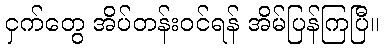
ငှက်တွေ အိပ်တန်းဝင်ရန် အိမ်ပြန်ကြပြီ။